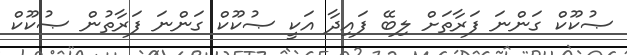
ޞުކޫކް ގަންނަ ފަރާތަށް ލިބޭ ފައިދާ އަކީ ޞުކޫކް ގަންނަ ފަރާތުން ޞުކޫކް